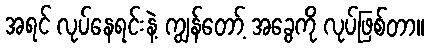
အရင် လုပ်နေရင်းနဲ့ ကျွန်တော့် အခွေကို လုပ်ဖြစ်တာ။